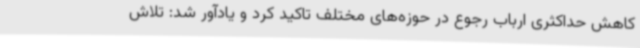
کاهش حداکثری ارباب رجوع در حوزه‌های مختلف تاکید کرد و یادآور شد: تلاش